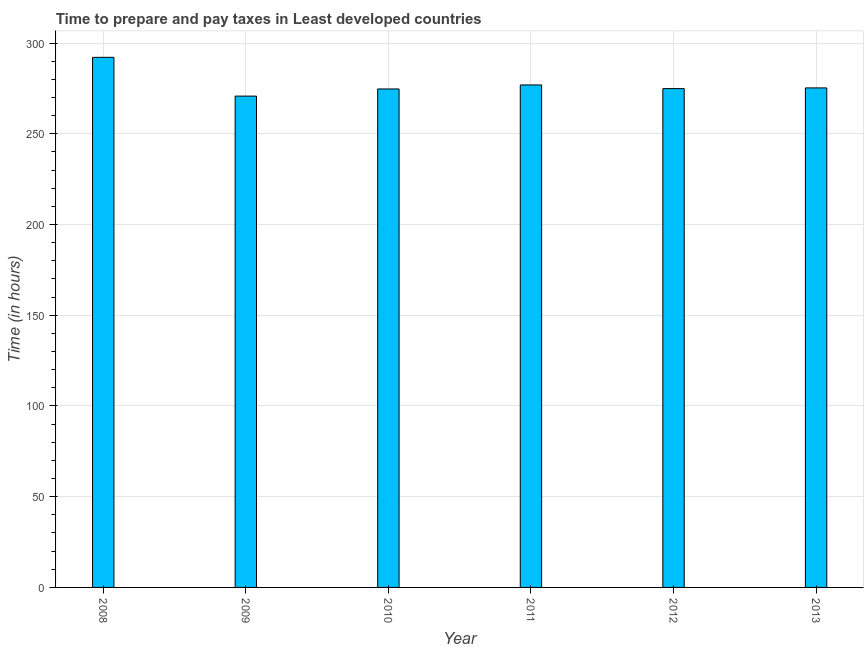
| Year | Time to prepare and pay taxes |
 | --- | --- |
 | 2008 | 292 |
 | 2009 | 271 |
 | 2010 | 275 |
 | 2011 | 277 |
 | 2012 | 275 |
 | 2013 | 275 |